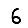
Digit: 6